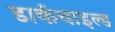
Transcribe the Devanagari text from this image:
डार्कचाइल्ड